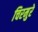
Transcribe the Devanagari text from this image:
चिरमुरे